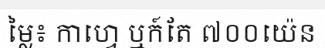
ម្លៃ៖ កាហ្វេ ឬក៍តែ ៧០០យ៉េន